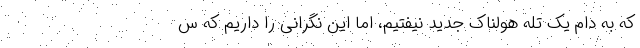
که به دام یک تله هولناک جدید نیفتیم، اما این نگرانی را داریم که س